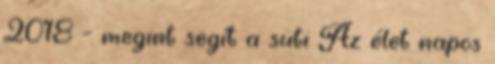
2018 - megint segít a süti Az élet napos